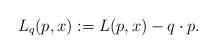
LaTeX: \begin{align*} L_q(p,x) := L(p,x) -q\cdot p.\end{align*}